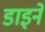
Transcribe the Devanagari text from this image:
डाइनें